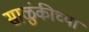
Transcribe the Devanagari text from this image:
साळुंकीच्या